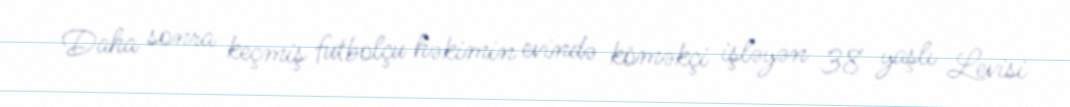
Daha sonra keçmiş futbolçu həkimin evində köməkçi işləyən 38 yaşlı Levisi